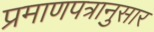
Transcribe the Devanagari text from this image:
प्रमाणपत्रानुसार